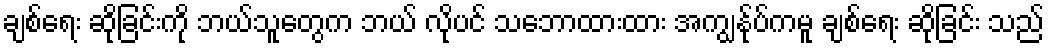
ချစ်ရေး ဆိုခြင်းကို ဘယ်သူတွေက ဘယ် လိုပင် သဘောထားထား အကျွန်ုပ်ကမူ ချစ်ရေး ဆိုခြင်း သည်